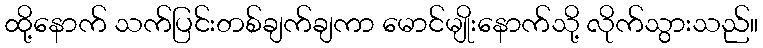
ထို့နောက် သက်ပြင်းတစ်ချက်ချကာ မောင်မျိုးနောက်သို့ လိုက်သွားသည်။